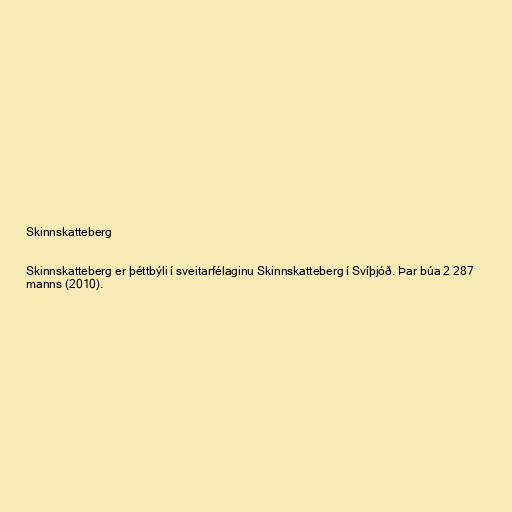
Skinnskatteberg

Skinnskatteberg er þéttbýli í sveitarfélaginu Skinnskatteberg í Svíþjóð. Þar búa 2 287
manns (2010).